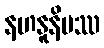
နဟနူနိမဿ